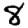
Digit: 8